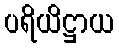
ပရိယိဋ္ဌာယ